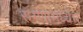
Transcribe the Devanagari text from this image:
रुग्णामध्येच